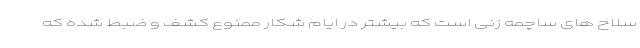
سلاح های ساچمه زنی است که بیشتر در ایام شکار ممنوع کشف و ضبط شده که